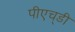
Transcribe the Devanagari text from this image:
पीएच्‌डी